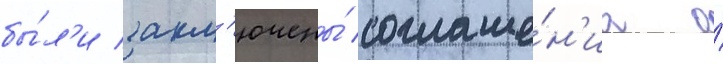
бы́л'и закл'ючены́ соглаше́н'иа о́